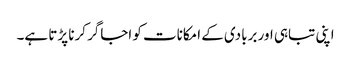
اپنی تباہی اور بربادی کے امکانات کو اجاگر کرنا پڑتا ہے۔